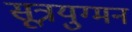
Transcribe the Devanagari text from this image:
सूत्रयुग्मन